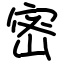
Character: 密